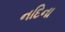
નદિના